Lunatic asylums United Provinces 1909-1921 - 1909-1921
Year: 1909
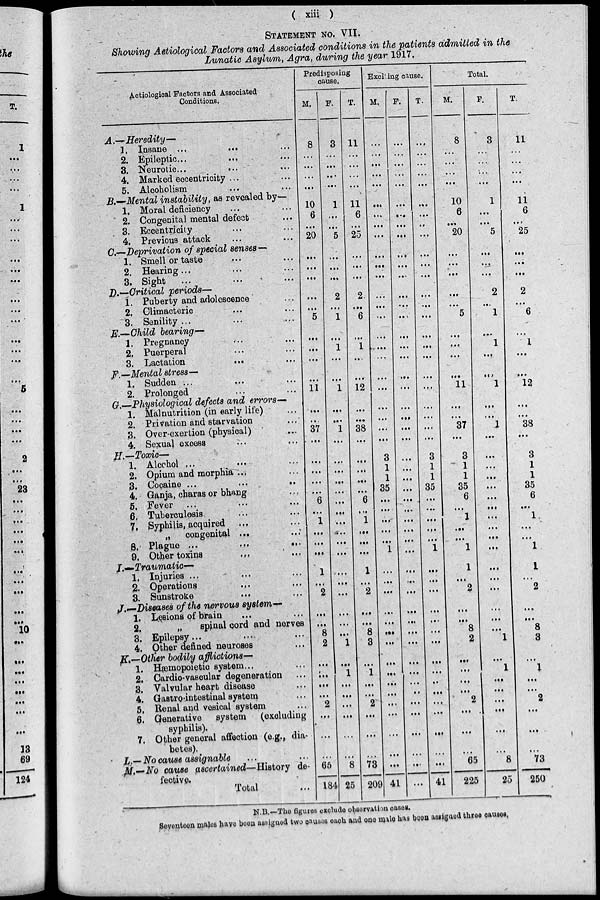
( xiii )
STATEMENT NO. VII.
Showing Aetiological Factors and Associated conditions in the patients admitted in the
Lunatic Asylum, Agra, during the year 1917.
Aetiological Factors and Associated
Conditions.
A.—Heredity—
1. Insane ... … ...
2. Epileptic ... … ...
3. Neurotic ...
... ...
4. Marked eccentricity ... …
5. Alcoholism ... …
B.— Mental instability, as revealed by—
1. Moral deficiency ... …
2. Congenital mental defect ...
3. Eccentricity ... …
4. Previous attack ... …
C—Deprivation of special senses—
1. Smell or taste ... ...
2. Hearing ... ... ...
3. Sight ...
...
...
D.—Critical periods—
1. Puberty and adolescence ...
2, Climacteric ... …
3. Senility ... ... …
E.—Child bearing—
1. Pregnancy ... …
2. Puerperal ... …
3. Lactation
...
…
F.— Mental stress—
1. Sudden ... … ...
2. Prolonged ... …
G.—Physiological defects and errors—
1. Malnutrition (in early life) ...
2. Privation and starvation ...
3. Over-exertion (physical) ...
4. Sexual excess ... …
H.—Toxic—
1. Alcohol ...
...
2. Opium and morphia ... ...
3. Cocaine ...
...
...
4. Ganja, charas or bhang ...
5. Fever ...
...
...
6. Tuberculosis ... ...
7. Syphilis, acquired ... …
„ congenital ... ...
8. Plague ...
...
...
9. Other toxins ... …
I.—Traumatic—
1. Injuries ... ... ...
2. Operations
...
…
3. Sunstroke
... ...
J.–Diseases of the nervous system–
1. Lesions of brain ... ...
2.
„
spinal cord and nerves
3. Epilepsy ... ... ...
4. Other defined neuroses ...
K.—Other bodily afflictions—
1. Hæmopoietic system ... ...
2. Cardio-vascular degeneration ...
3. Valvular heart disease ...
4. Gastrointestinal system ...
5. Renal and vesical system ...
6. Generative system (excluding
syphilis).
7. Other general affection (e.g., dia-
betes).
L.— No cause assignable ... ...
M.—No cause ascertained—History de
fective.
Total ...
Predisposing
cause.
M.
8
...
...
...
...
10
6
...
20
...
...
...
...
...
5
...
...
...
...
11
...
...
37
...
...
...
...
...
6
...
1
...
...
...
1
...
2
...
...
8
2
...
...
...
...
2
...
...
...
66
184
F.
3
...
...
...
...
1
...
...
5
...
...
...
2
...
1
...
1
...
...
1
...
...
1
...
...
...
...
...
...
...
...
...
...
...
...
...
...
...
...
...
1
...
1
...
...
...
...
...
...
8
25
T.
11
...
...
...
...
11
6
...
25
...
...
...
2
...
6
...
1
...
...
12
...
...
38
...
...
...
...
...
6
...
1
...
...
...
1
...
2
...
...
8
3
...
1
...
...
2
...
...
...
73
209
Exciting cause.
M.
...
...
...
...
...
...
...
...
...
...
...
...
...
...
...
...
...
. . .
...
...
...
...
...
...
3
1
1
35
...
...
...
...
...
1
...
...
...
...
...
...
...
...
...
...
...
...
...
...
...
...
41
F.
...
...
...
...
...
...
...
...
...
...
...
...
...
...
...
...
...
...
...
...
...
...
...
...
...
...
...
...
...
...
...
...
...
...
...
...
...
...
...
...
...
...
...
...
...
...
...
...
...
...
T.
...
...
...
...
...
...
...
...
...
...
...
...
...
...
...
...
...
...
...
...
...
...
...
...
3
1
1
35
...
...
...
...
...
1
...
...
...
...
...
...
...
...
...
..
...
...
...
...
...
...
41
Total.
M.
8
...
...
...
...
10
6
...
20
...
...
...
...
...
5
...
...
...
...
11
...
...
37
...
3
1
1
35
6
...
1
...
...
1
1
...
2
...
...
8
2
...
...
...
...
2
...
...
...
65
225
F.
3
...
...
...
...
1
...
...
5
...
...
...
2
...
1
...
1
...
...
1
...
...
1
...
...
...
...
...
...
...
...
...
...
...
...
...
...
...
...
...
1
...
1
...
...
...
...
.. .
...
8
25
T.
11
...
...
...
...
11
6
...
25
...
...
...
2
...
6
...
1
...
...
12
...
...
38
...
3
1
1
35
6
...
1
...
...
1
1
...
2
...
...
8
3
...
1
...
...
2
...
...
...
73
250
N.B.—The figures exclude observation cases.
Seventeen males have been assigned two causes each and one male has been assigned three causes.